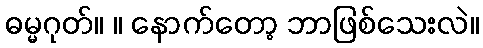
ဓမ္မဂုတ်။ ။ နောက်တော့ ဘာဖြစ်သေးလဲ။